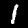
Digit: 1